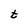
Character: t